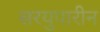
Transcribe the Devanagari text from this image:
सरयुपारीन